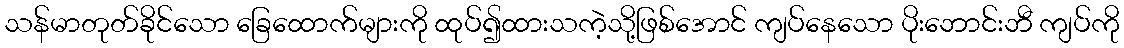
သန်မာတုတ်ခိုင်သော ခြေထောက်များကို ထုပ်၍ထားသကဲ့သို့ဖြစ်အောင် ကျပ်နေသော ပိုးဘောင်းဘီ ကျပ်ကို